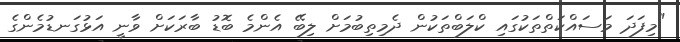
"މިފަދަ މަސައްކަތްތަކުގައި ކްލަބްތަކުން ދެމިތިބުމަށް ލިބޭ އެންމެ ބޮޑު ބާރަކަށް ވާނީ އަޅުގަނޑުމެންގެ